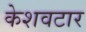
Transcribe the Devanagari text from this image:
केशवटार